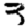
Digit: 3